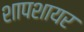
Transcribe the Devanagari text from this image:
शापशायर